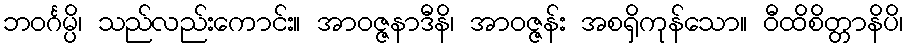
ဘဝင်္ဂမ္ပိ၊ သည်လည်းကောင်း။ အာဝဇ္ဇနာဒီနိ၊ အာဝဇ္ဇန်း အစရှိကုန်သော။ ဝီထိစိတ္တာနိပိ၊